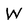
Character: W